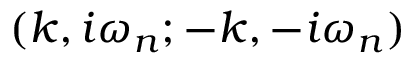
( k , i \omega _ { n } ; - k , - i \omega _ { n } )